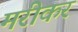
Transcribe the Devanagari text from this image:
मरीकर